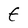
Character: t